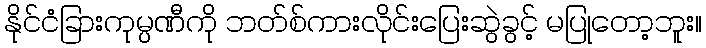
နိုင်ငံခြားကုမ္ပဏီကို ဘတ်စ်ကားလိုင်းပြေးဆွဲခွင့် မပြုတော့ဘူး။